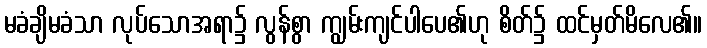
မခံချိမခံသာ လုပ်သောအရာ၌ လွန်စွာ ကျွမ်းကျင်ပါပေ၏ဟု စိတ်၌ ထင်မှတ်မိလေ၏။